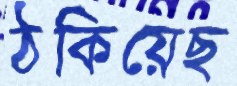
ঠকিয়েছ